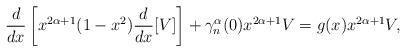
LaTeX: \begin{align*}\frac{d}{dx}\left[x^{2\alpha+1}(1-x^2)\frac{d}{dx}[V]\right]+\gamma_n^{\alpha}(0)x^{2\alpha+1}V=g(x)x^{2\alpha+1}V,\end{align*}